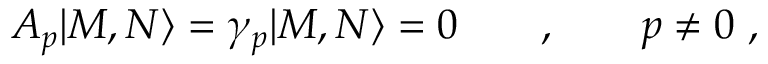
A _ { p } | M , N \rangle = \gamma _ { p } | M , N \rangle = 0 \qquad , \qquad p \neq 0 \ ,